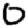
Digit: 0